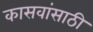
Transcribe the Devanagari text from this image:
कासवांसाठी